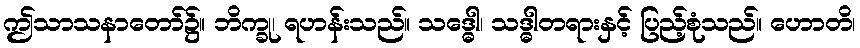
ဤသာသနာတော်၌။ ဘိက္ခု၊ ရဟန်းသည်။ သဒ္ဓေါ၊ သဒ္ဓါတရားနှင့် ပြည့်စုံသည်။ ဟောတိ၊